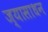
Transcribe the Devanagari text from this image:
ज्यासाधन